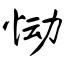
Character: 恸